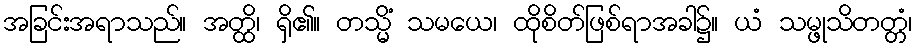
အခြင်းအရာသည်။ အတ္ထိ၊ ရှိ၏။ တသ္မိံ သမယေ၊ ထိုစိတ်ဖြစ်ရာအခါ၌။ ယံ သမ္ဖုသိတတ္တံ၊